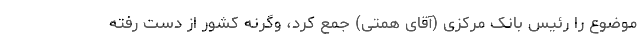
موضوع را رئیس بانک مرکزی (آقای همتی) جمع کرد، وگرنه کشور از دست رفته